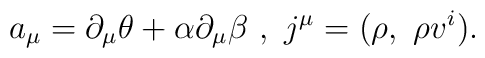
a_\mu =\partial _\mu \theta +\alpha \partial _\mu \beta ~,~j^\mu =(\rho ,~\rho v^i) .